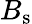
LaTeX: {B}_{\mathrm{s}}